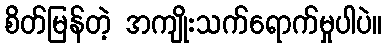
စိတ်မြန်တဲ့ အကျိုးသက်ရောက်မှုပါပဲ။